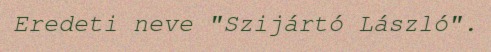
Eredeti neve "Szijártó László".